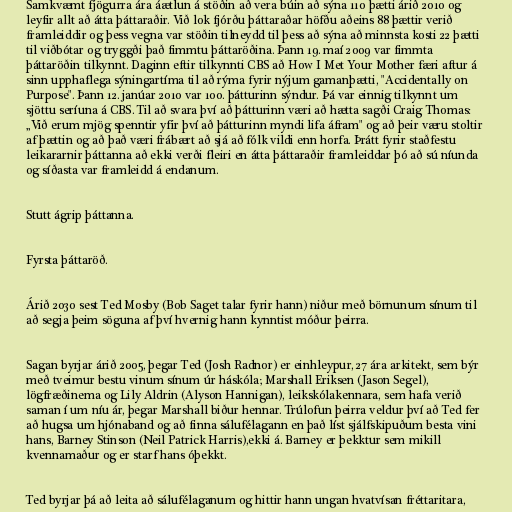
Samkvæmt fjögurra ára áætlun á stöðin að vera búin að sýna 110 þætti árið 2010 og
leyfir allt að átta þáttaraðir. Við lok fjórðu þáttaraðar höfðu aðeins 88 þættir verið
framleiddir og þess vegna var stöðin tilneydd til þess að sýna að minnsta kosti 22 þætti
til viðbótar og tryggði það fimmtu þáttaröðina. Þann 19. maí 2009 var fimmta
þáttaröðin tilkynnt. Daginn eftir tilkynnti CBS að How I Met Your Mother færi aftur á
sinn upphaflega sýningartíma til að rýma fyrir nýjum gamanþætti, "Accidentally on
Purpose". Þann 12. janúar 2010 var 100. þátturinn sýndur. Þá var einnig tilkynnt um
sjöttu seríuna á CBS. Til að svara því að þátturinn væri að hætta sagði Craig Thomas:
„Við erum mjög spenntir yfir því að þátturinn myndi lifa áfram" og að þeir væru stoltir
af þættin og að það væri frábært að sjá að fólk vildi enn horfa. Þrátt fyrir staðfestu
leikararnir þáttanna að ekki verði fleiri en átta þáttaraðir framleiddar þó að sú níunda
og síðasta var framleidd á endanum.

Stutt ágrip þáttanna.

Fyrsta þáttaröð.

Árið 2030 sest Ted Mosby (Bob Saget talar fyrir hann) niður með börnunum sínum til
að segja þeim söguna af því hvernig hann kynntist móður þeirra.

Sagan byrjar árið 2005, þegar Ted (Josh Radnor) er einhleypur, 27 ára arkitekt, sem býr
með tveimur bestu vinum sínum úr háskóla; Marshall Eriksen (Jason Segel),
lögfræðinema og Lily Aldrin (Alyson Hannigan), leikskólakennara, sem hafa verið
saman í um níu ár, þegar Marshall biður hennar. Trúlofun þeirra veldur því að Ted fer
að hugsa um hjónaband og að finna sálufélagann en það líst sjálfskipuðum besta vini
hans, Barney Stinson (Neil Patrick Harris),ekki á. Barney er þekktur sem mikill
kvennamaður og er starf hans óþekkt.

Ted byrjar þá að leita að sálufélaganum og hittir hann ungan hvatvísan fréttaritara,